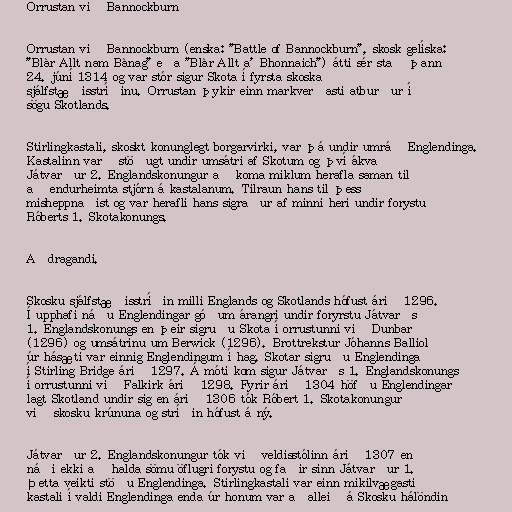
Orrustan við Bannockburn

Orrustan við Bannockburn (enska: "Battle of Bannockburn", skosk gelíska:
"Blàr Allt nam Bànag" eða "Blàr Allt a' Bhonnaich") átti sér stað þann
24. júní 1314 og var stór sigur Skota í fyrsta skoska
sjálfstæðisstríðinu. Orrustan þykir einn markverðasti atburður í
sögu Skotlands.

Stirlingkastali, skoskt konunglegt borgarvirki, var þá undir umráð Englendinga.
Kastalinn varð stöðugt undir umsátri af Skotum og því ákvað
Játvarður 2. Englandskonungur að koma miklum herafla saman til
að endurheimta stjórn á kastalanum. Tilraun hans til þess
misheppnaðist og var herafli hans sigraður af minni heri undir forystu
Róberts 1. Skotakonungs.

Aðdragandi.

Skosku sjálfstæðisstríðin milli Englands og Skotlands hófust árið 1296.
Í upphafi náðu Englendingar góðum árangri undir foryrstu Játvarðs
1. Englandskonungs en þeir sigruðu Skota í orrustunni við Dunbar
(1296) og umsátrinu um Berwick (1296). Brottrekstur Jóhanns Balliol
úr hásæti var einnig Englendingum í hag. Skotar sigruðu Englendinga
í Stirling Bridge árið 1297. Á móti kom sigur Játvarðs 1. Englandskonungs
í orrustunni við Falkirk árið 1298. Fyrir árið 1304 höfðu Englendingar
lagt Skotland undir sig en árið 1306 tók Róbert 1. Skotakonungur
við skosku krúnuna og stríðin hófust á ný.

Játvarður 2. Englandskonungur tók við veldisstólinn árið 1307 en
náði ekki að halda sömu öflugri forystu og faðir sinn Játvarður 1.
Þetta veikti stöðu Englendinga. Stirlingkastali var einn mikilvægasti
kastali í valdi Englendinga enda úr honum var aðalleið á Skosku hálöndin